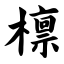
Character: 檩